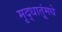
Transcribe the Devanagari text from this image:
मृद्धातूंमधे